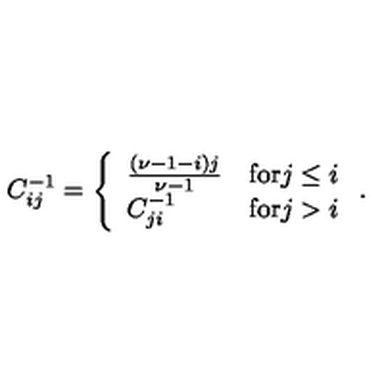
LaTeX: C _ { i j } ^ { - 1 } = \left\{ \begin{array} { l l } { \frac { ( \nu - 1 - i ) j } { \nu - 1 } } & { \mathrm { f o r } j \leq i } \\ { C _ { j i } ^ { - 1 } } & { \mathrm { f o r } j > i } \\ \end{array} \right. .